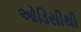
ઓડિસીથી